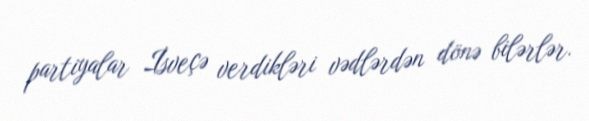
partiyalar İsveçə verdikləri vədlərdən dönə bilərlər.